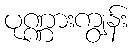
ပုဏ္ဏားကျွန်း